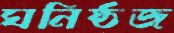
ঘনিষ্ঠজ